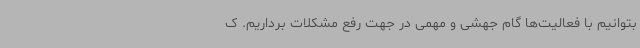
بتوانیم با فعالیت‌ها گام جهشی و مهمی در جهت رفع مشکلات برداریم. ک